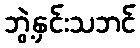
ဘွဲ့နှင်းသဘင်